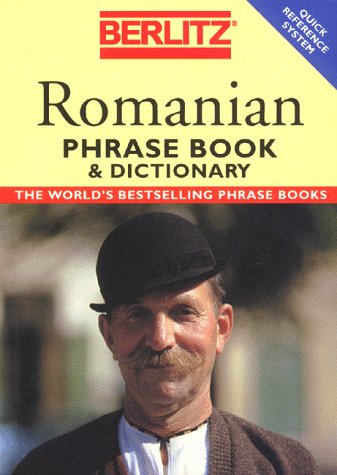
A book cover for Berlitz Romanian Phrase Book; Berlitz Guides; Travel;